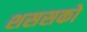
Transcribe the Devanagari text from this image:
शससकों